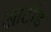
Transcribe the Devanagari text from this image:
आर्टाड